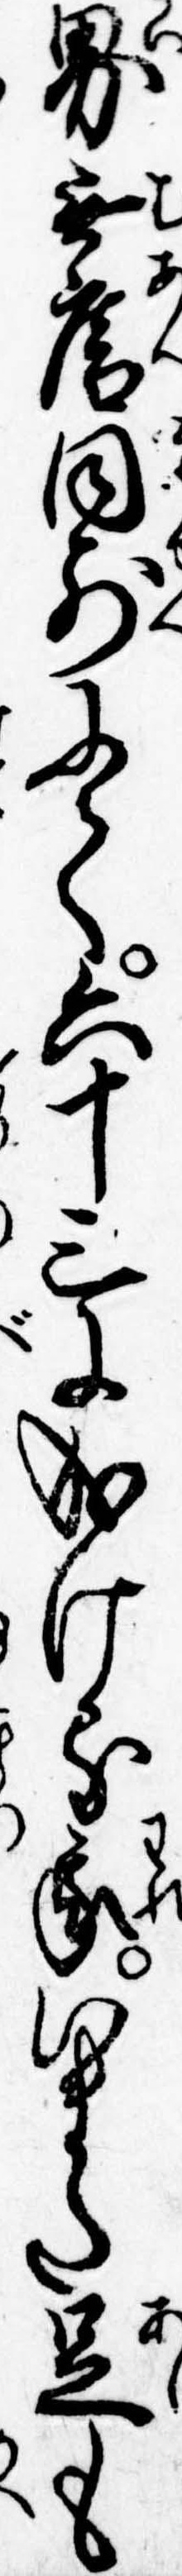
界無庵同前にて六十三に成ける我いまた足も